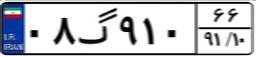
۸۰گ۱۰۸۲۵